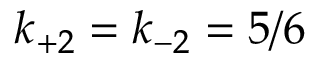
k _ { + 2 } = k _ { - 2 } = 5 / 6